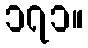
၁၇၁။